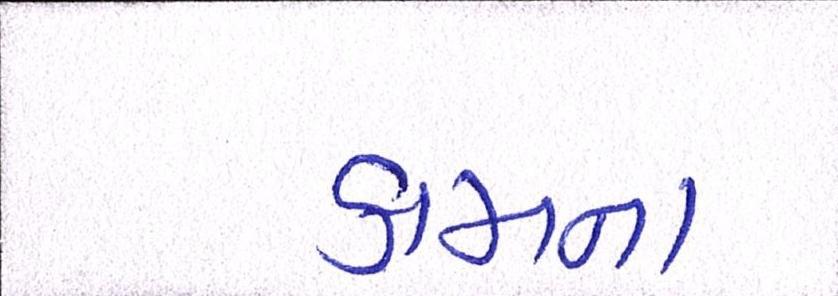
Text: કામના